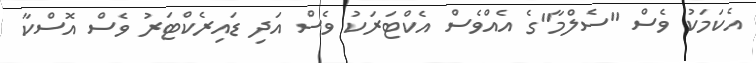
އެކަމަކު ވެސް "ސެލްމާ"ގެ އެއްވެސް އެކްޓަރަކު ވެސް އަދި ޑައިރެކްޓަރު ވެސް އޮސްކާ